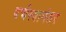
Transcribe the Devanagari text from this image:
वर्चस्वानंतर